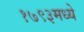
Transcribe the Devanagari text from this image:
१७९३मध्ये